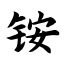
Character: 铵